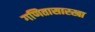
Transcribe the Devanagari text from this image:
गणितासारखा